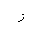
Letter: _zay